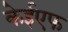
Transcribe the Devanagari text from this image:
केईएफ